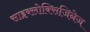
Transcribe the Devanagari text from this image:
साइक्लोक्सिजिनेज